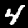
Label: 4